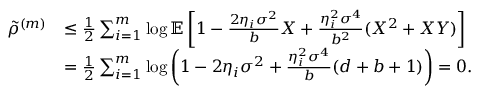
\begin{array} { r l } { \tilde { \rho } ^ { ( m ) } } & { \leq \frac { 1 } { 2 } \sum _ { i = 1 } ^ { m } \log \mathbb { E } \left[ 1 - \frac { 2 \eta _ { i } \sigma ^ { 2 } } { b } X + \frac { \eta _ { i } ^ { 2 } \sigma ^ { 4 } } { b ^ { 2 } } ( X ^ { 2 } + X Y ) \right] } \\ & { = \frac { 1 } { 2 } \sum _ { i = 1 } ^ { m } \log \left( 1 - 2 \eta _ { i } \sigma ^ { 2 } + \frac { \eta _ { i } ^ { 2 } \sigma ^ { 4 } } { b } ( d + b + 1 ) \right) = 0 . } \end{array}